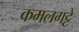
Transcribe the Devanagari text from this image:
कमलगट्टे